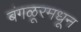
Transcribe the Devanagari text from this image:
बंगळूरमधून